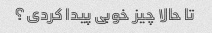
تا حالا چیز خوبی پیدا کردی؟